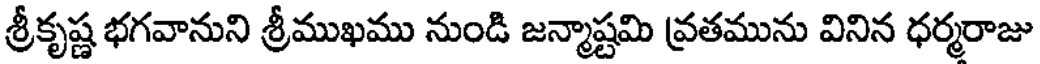
శ్రీకృష్ణ భగవానుని శ్రీముఖము నుండి జన్మాష్టమి వ్రతమును వినిన ధర్మరాజు